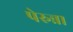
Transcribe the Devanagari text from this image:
पेरुन्ना